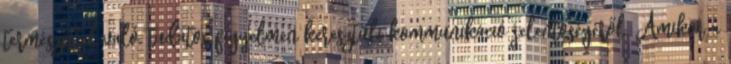
természettel való, tudatos figyelmen keresztüli kommunikáció jelentőségéről. Amikor a